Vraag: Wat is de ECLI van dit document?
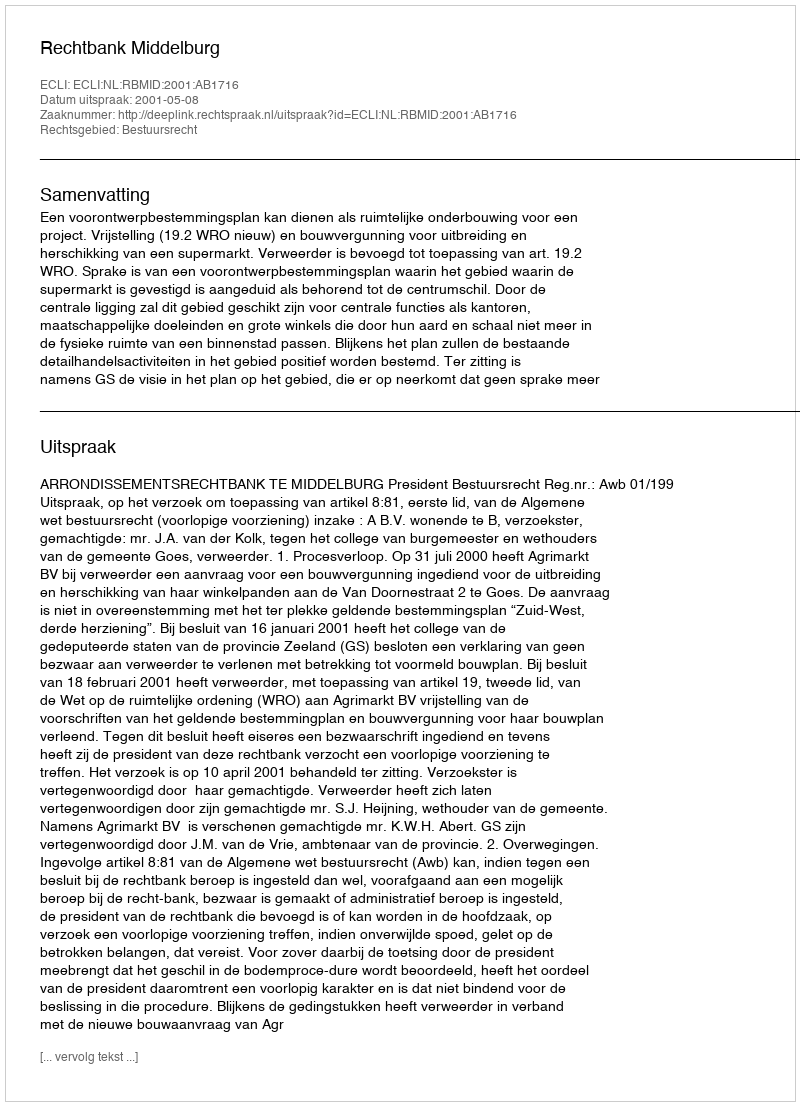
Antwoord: ECLI:NL:RBMID:2001:AB1716